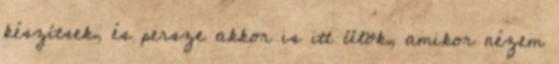
készítsek, és persze akkor is itt ülök, amikor nézem